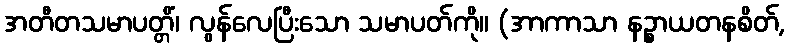
အတီတသမာပတ္တိံ၊ လွန်လေပြီးသော သမာပတ်ကို။ (အာကာသာ နဉ္စာယတနစိတ်,